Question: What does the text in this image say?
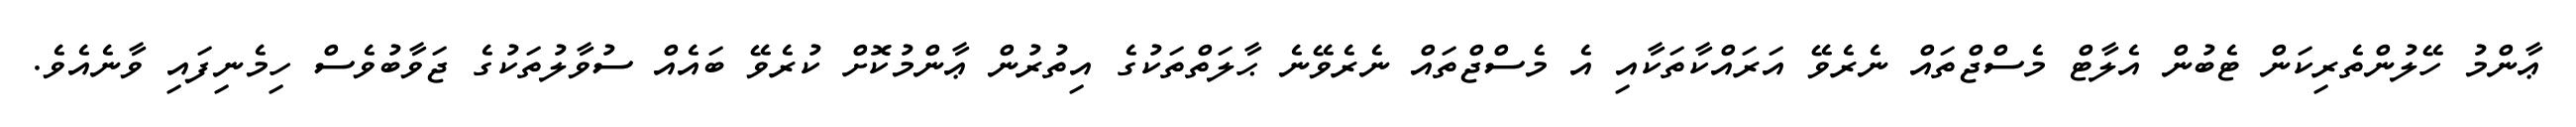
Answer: ޢާންމު ހޭލުންތެރިކަން ޓެބުން އެލާޓް މެސްޖްތައް ނެރެވޭ އަރައްކާތަކާއި އެ މެސްޖްތައް ނެރެވޭނެ ޙާލަތްތަކުގެ އިތުރުން ޢާންމުކޮށް ކުރެވޭ ބައެއް ސުވާލުތަކުގެ ޖަވާބުވެސް ހިމެނިފައި ވާނެއެވެ.